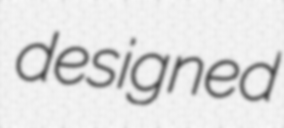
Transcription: designed